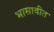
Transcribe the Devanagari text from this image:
भासावीत